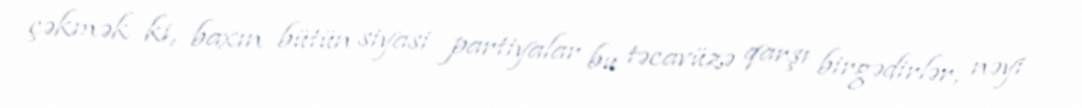
çəkmək ki, baxın bütün siyasi partiyalar bu təcavüzə qarşı birgədirlər, nəyi